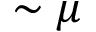
\sim \mu